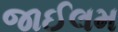
જાઈલમ